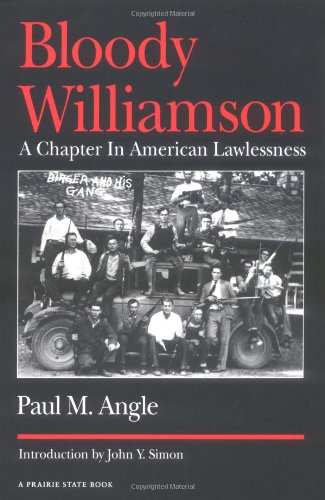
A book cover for Bloody Williamson: A Chapter in American Lawlessness; Paul M. Angle; Business & Money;